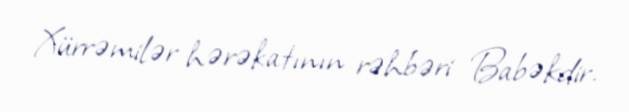
Xürrəmilər hərəkatının rəhbəri Babəkdir.